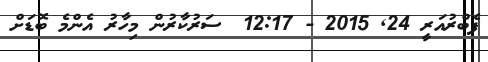
ފެބްރުއަރީ 24